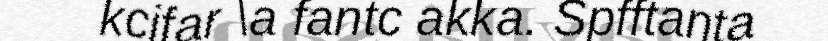
kcjfar \a fantc akka. Spfftanta